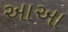
આઆ